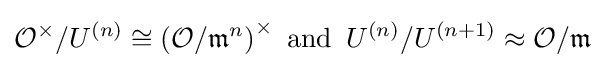
{\mathcal {O}}^{\times }/U^{(n)}\cong \left({\mathcal {O}}/{\mathfrak {m}}^{n}\right)^{\times }{\text{ and }}\,U^{(n)}/U^{(n+1)}\approx {\mathcal {O}}/{\mathfrak {m}}